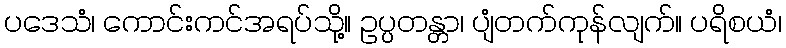
ပဒေသံ၊ ကောင်းကင်အရပ်သို့။ ဥပ္ပတန္တာ၊ ပျံတက်ကုန်လျက်။ ပရိစယံ၊